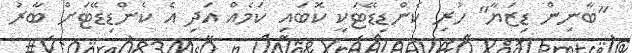
"ބާނިން ޑިޒަޔާ" ހުރި ކެންޑިޑޭޓަކީ ކޮބައި ކަމެއް އަދި އެ ކެންޑިޑޭޓަށް ބާރު